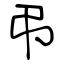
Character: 弔